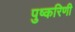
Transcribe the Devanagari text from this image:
पुष्‍करिणी